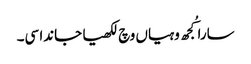
سارا کُجھ وہیاں وچ لکھیا جاندا سی۔